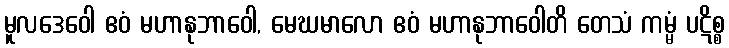
မူလဒေဝေါ ဧဝံ မဟာနုဘာဝေါ, မေဃမာလော ဧဝံ မဟာနုဘာဝေါတိ တေသံ ကမ္မံ ပဋိစ္စ